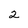
Character: 2